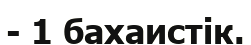
- 1 бахаистік.